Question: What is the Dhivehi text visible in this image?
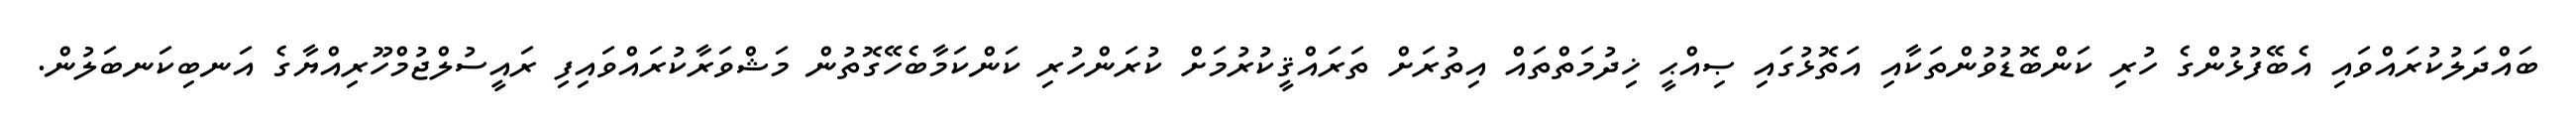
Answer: ބައްދަލުކުރައްވައި އެބޭފުޅުންގެ ހުރި ކަންބޮޑުވުންތަކާއި އަތޮޅުގައި ޞިއްޙީ ޚިދުމަތްތައް އިތުރަށް ތަރައްޤީކުރުމަށް ކުރަންހުރި ކަންކަމާބެހޭގޮތުން މަޝްވަރާކުރައްވައިފި ރައީސުލްޖުމްހޫރިއްޔާގެ އަނބިކަނބަލުން.